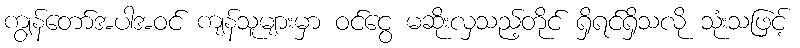
ကျွန်တော်အပါအဝင် ကျန်သူများမှာ ဝင်ငွေ မဆိုးလှသည့်တိုင် ရှိရင်ရှိသလို သုံးသဖြင့်